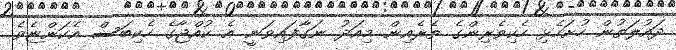
ދައުލަތުން ހުށަހެޅި ހެކިވެރިންގެ ތެރެއިން މިއަދު ނަގާފައިވަނީ އެ ކުއްޖާގެ ހެކިބަސް އެކަންޏެވެ.